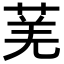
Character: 𬝆